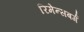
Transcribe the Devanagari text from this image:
रिमेन्सबर्ग